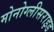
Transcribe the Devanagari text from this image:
मोनोग्लीसराइड